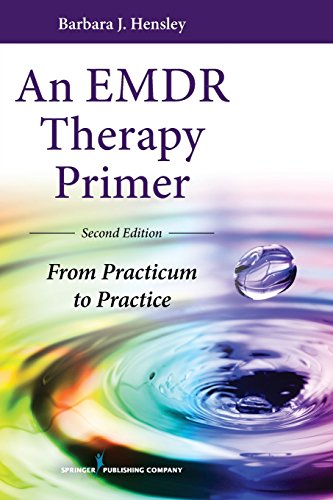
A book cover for An EMDR Therapy Primer, Second Edition: From Practicum to Practice; Barbara Hensley EdD; Health, Fitness & Dieting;